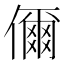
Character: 儞